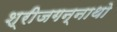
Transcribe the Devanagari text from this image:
श्रीजगन्नाथो